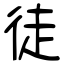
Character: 徒